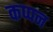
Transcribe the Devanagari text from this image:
कप्पन